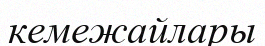
кемежайлары